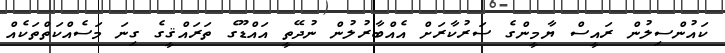
ކައުންސިލުން ރައީސް ޔާމީންގެ ސަރުކާރަށް އެއްބާރުލުން ނުދޭތީ އައްޑޫގެ ތަރައްޤީގެ ގިނަ މަސެއްކަތްތަކެއް